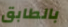
بالطابق